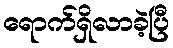
ရောက်ရှိလာခဲ့ပြီ